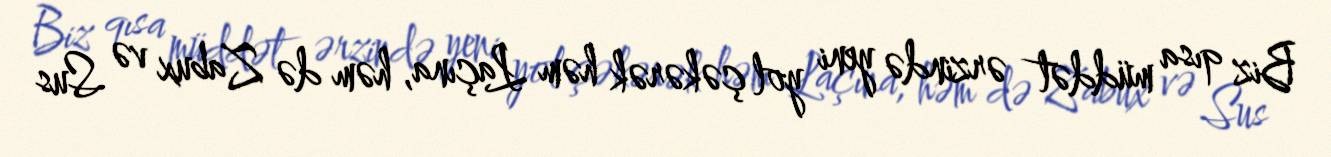
Biz qısa müddət ərzində yeni yol çəkərək həm Laçına, həm də Zabux və Sus